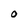
Character: O